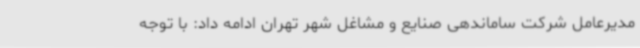
مدیرعامل شرکت ساماندهی صنایع و مشاغل شهر تهران ادامه داد: با توجه